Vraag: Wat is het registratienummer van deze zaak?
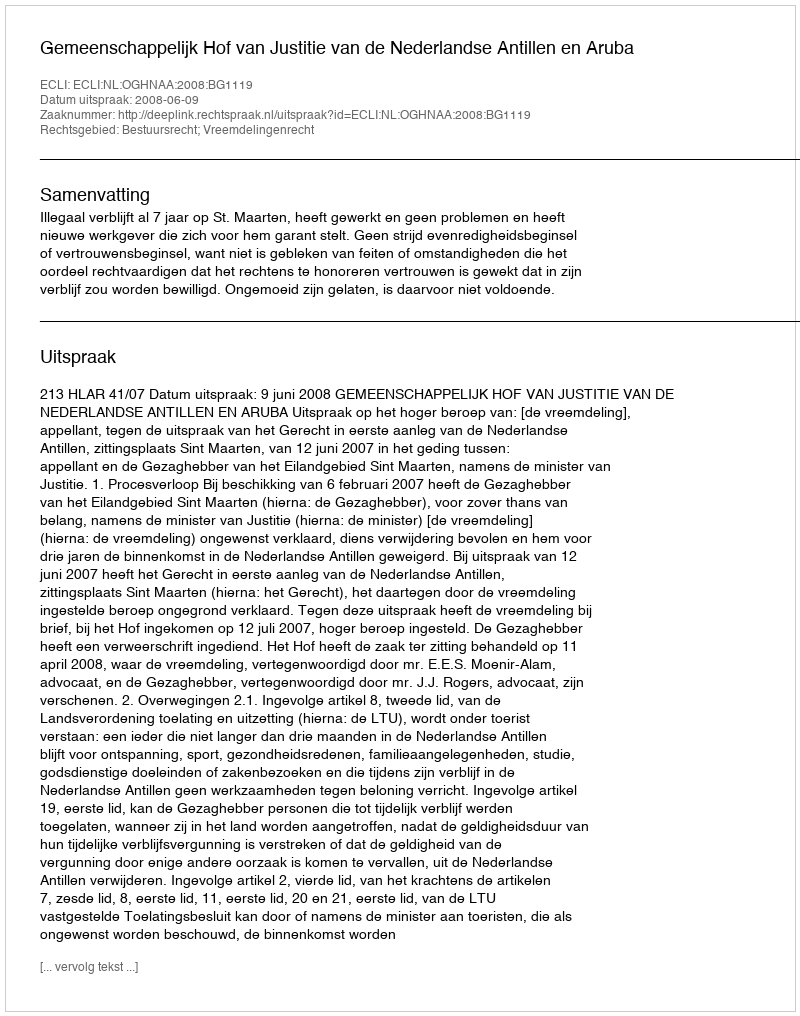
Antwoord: http://deeplink.rechtspraak.nl/uitspraak?id=ECLI:NL:OGHNAA:2008:BG1119